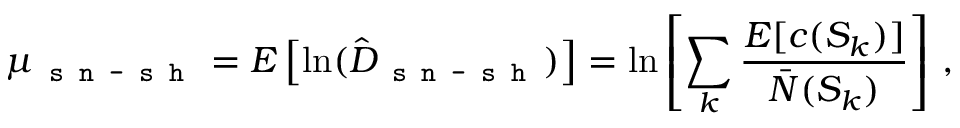
\mu _ { \texttt { s n - s h } } = E \left[ \ln ( \hat { D } _ { \texttt { s n - s h } } ) \right] = \ln \left[ \sum _ { k } \frac { E [ c ( S _ { k } ) ] } { \bar { N } ( S _ { k } ) } \right] \, ,